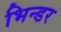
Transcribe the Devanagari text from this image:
भिन्डर